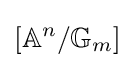
[\mathbb {A} ^{n}/\mathbb {G} _{m}]